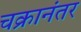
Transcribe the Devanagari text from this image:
चक्रानंतर